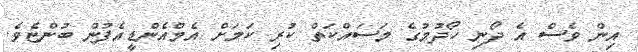
އިން ވެސް އެ ދޯނި ހޯދުމުގެ މަސައްކަތް ކުރި ކަމަށް އެމްއެންޑީއެފުން ބުންޏެވެ.